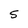
Character: 5